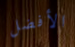
الأفضل